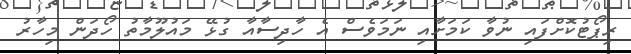
ރިޕޯޓުކޮށްފައި ނުވާ ކަމަށާއި ނަމަވެސް އެ ހާދިސާއާ ގުޅޭ މައުލޫމާތު ހޯދަން މިހާރު